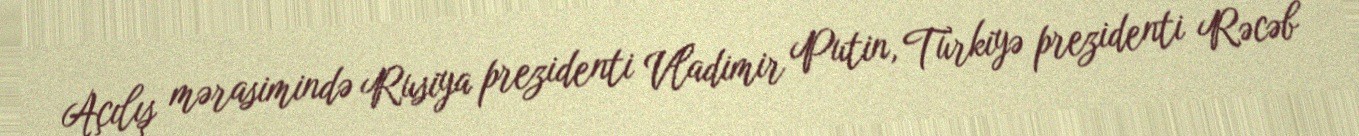
Açılış mərasimində Rusiya prezidenti Vladimir Putin, Türkiyə prezidenti Rəcəb